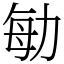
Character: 勄